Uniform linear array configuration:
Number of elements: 8
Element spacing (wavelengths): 1
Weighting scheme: kaiser
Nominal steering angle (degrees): -15
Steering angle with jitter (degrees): -14.366
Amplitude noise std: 0.05
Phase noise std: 0.05

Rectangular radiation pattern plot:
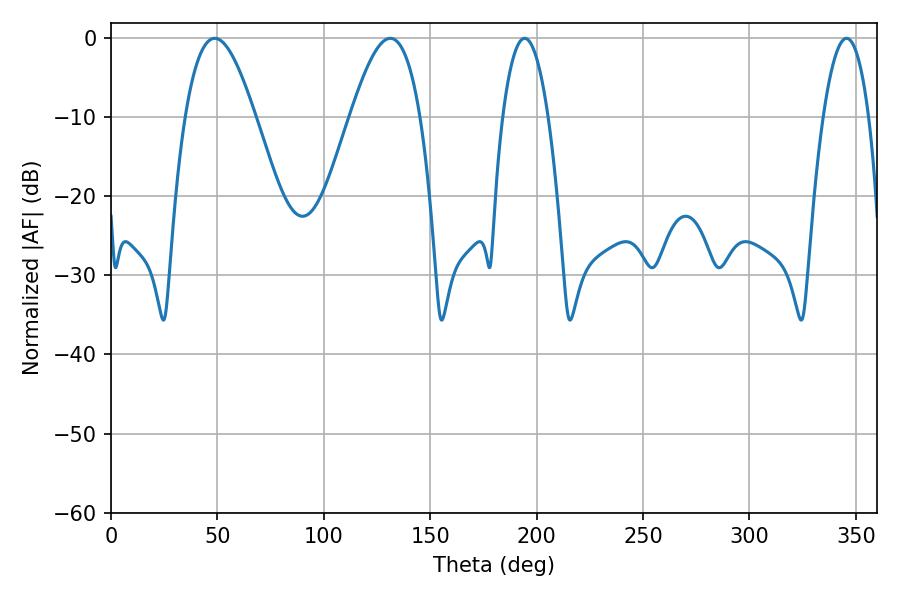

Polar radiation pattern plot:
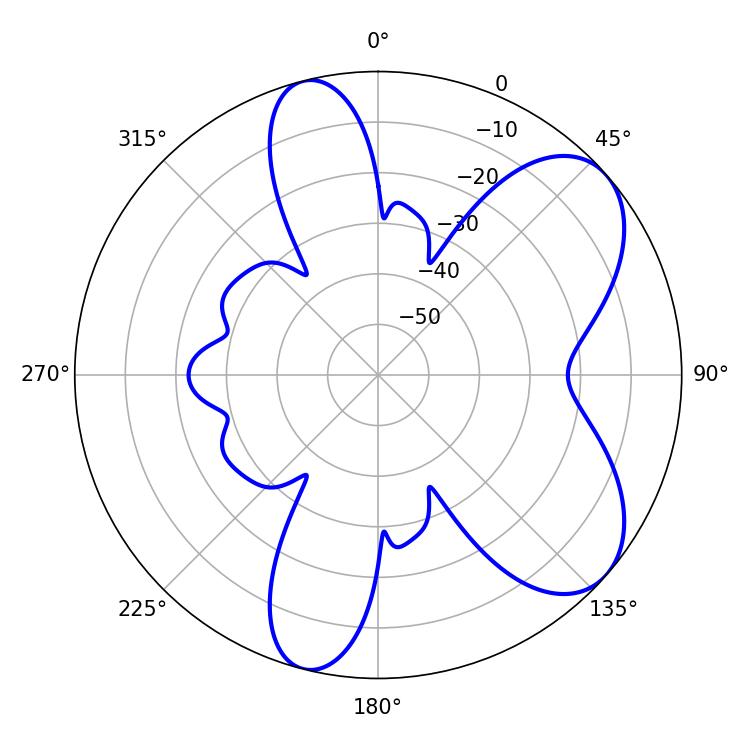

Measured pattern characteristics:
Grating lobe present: TRUE
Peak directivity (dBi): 6.933
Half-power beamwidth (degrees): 17.82
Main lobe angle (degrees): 48.78